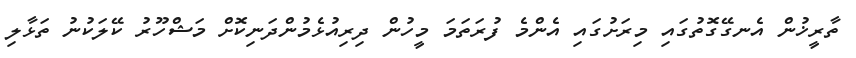
ތާރީޚުން އެނގޭގޮތުގައި މިރަށުގައި އެންމެ ފުރަތަމަ މީހުން ދިރިއުޅެމުންދަނިކޮށް މަޝްހޫރު ކޭލަކުނު ތަޅާލި